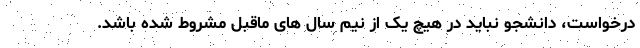
درخواست، دانشجو نباید در هیچ یک از نیم سال های ماقبل مشروط شده باشد.